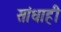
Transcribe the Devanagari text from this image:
सांधाही